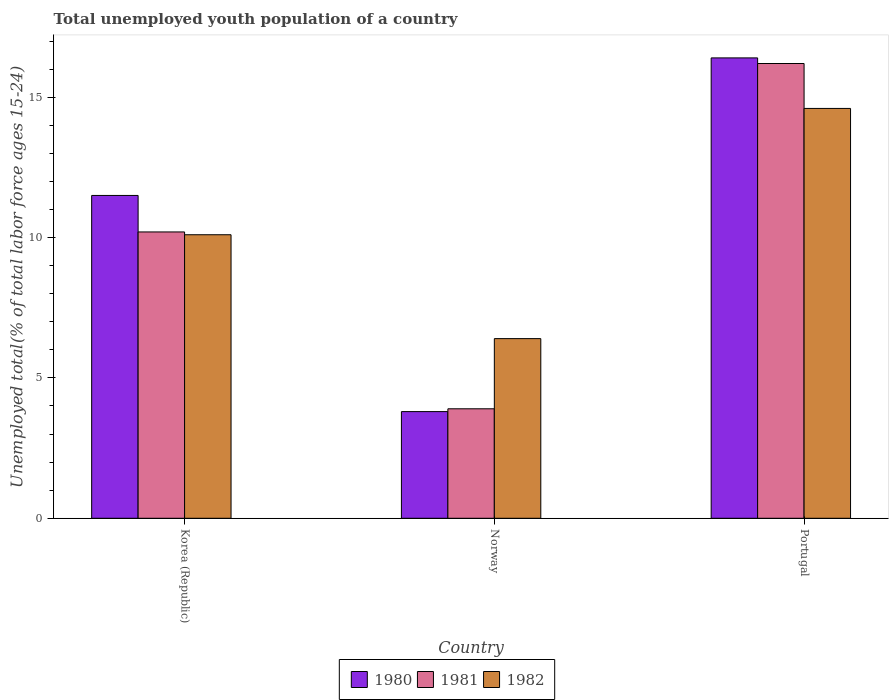
| Country | 1980 | 1981 | 1982 |
 | --- | --- | --- | --- |
 | Korea (Republic) | 11.5 | 10.2 | 10.1 |
 | Norway | 3.8 | 3.9 | 6.4 |
 | Portugal | 16.4 | 16.2 | 14.6 |